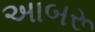
અાબરૂ